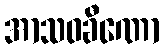
အာသဝခီဏော